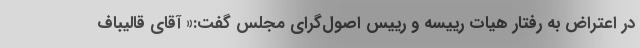
در اعتراض به رفتار هیات رییسه و رییس اصول‌گرای مجلس گفت:« آقای قالیباف